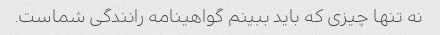
نه تنها چیزی که باید ببینم گواهینامه رانندگی شماست.